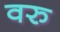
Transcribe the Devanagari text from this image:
वरु